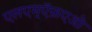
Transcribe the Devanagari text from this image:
एलएम्ऍफ़एओ